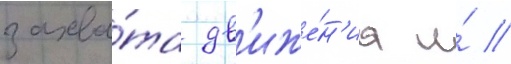
захва́та дв'иже́н'иа и́ //